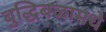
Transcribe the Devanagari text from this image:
बुद्धिबळामधे